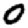
Digit: 0